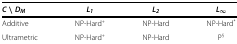
| C ∖ DM | L1 | L2 | L∞ |
 | --- | --- | --- | --- |
 | Additive | NP‐Hard+ | NP‐Hard | NP‐Hard* |
 | Ultrametric | NP‐Hard+ | NP‐Hard | P§ |